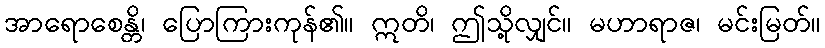
အာရောစေန္တိ၊ ပြောကြားကုန်၏။ ဣတိ၊ ဤသို့လျှင်။ မဟာရာဇ၊ မင်းမြတ်။